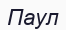
Паул